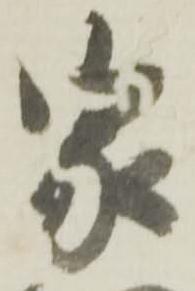
家